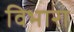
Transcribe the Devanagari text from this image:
विभारा